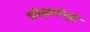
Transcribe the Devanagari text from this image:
श्रोतृवर्गापुढे